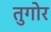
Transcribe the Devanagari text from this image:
तुगोर